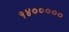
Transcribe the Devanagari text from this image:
१४०००००